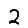
Digit: 2